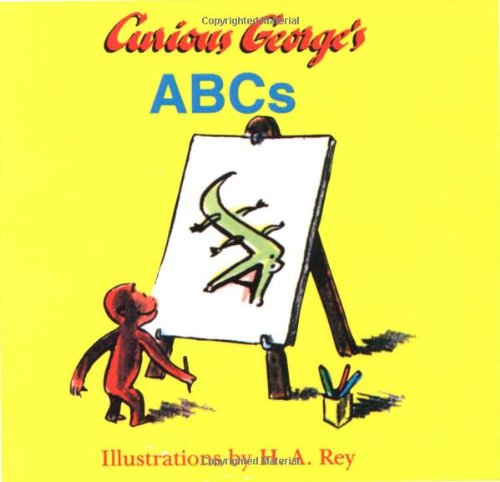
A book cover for Curious George's ABCs; H. A. Rey; Children's Books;